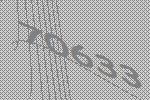
70633